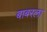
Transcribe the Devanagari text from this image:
बाबरला